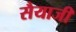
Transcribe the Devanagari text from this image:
सैयाजी